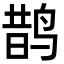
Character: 鹊